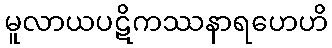
မူလာယပဋိကဿနာရဟေဟိ